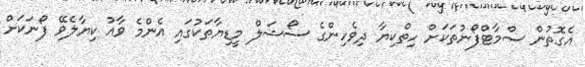
އެގޮތުން ސްމާޓްފޯނުތަކަށް ހިތްކިޔާ ދިިވެހިންގެ ސޯޝަލް މީޑިޔާތަކުގައި އެންމެ ވާއު ކިޔާލެވޭ ފޯނަކަށް